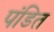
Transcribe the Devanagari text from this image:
पंडित